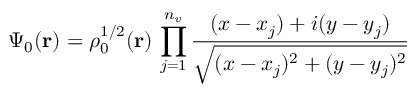
\Psi _ { 0 } ( \mathbf { r } ) = \rho _ { 0 } ^ { 1 / 2 } ( \mathbf { r } ) \, \prod _ { j = 1 } ^ { n _ { v } } { \frac { ( x - x _ { j } ) + i ( y - y _ { j } ) } { \sqrt { ( x - x _ { j } ) ^ { 2 } + ( y - y _ { j } ) ^ { 2 } } } }